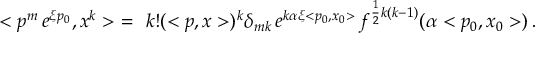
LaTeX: < p ^ { m } \, e ^ { \xi p _ { 0 } } , x ^ { k } > \ = \ k ! ( < p , x > ) ^ { k } \delta _ { m k } \, e ^ { k \alpha \xi < p _ { 0 } , x _ { 0 } > } \, f ^ { \frac { 1 } { 2 } k ( k - 1 ) } ( \alpha < p _ { 0 } , x _ { 0 } > ) \, .